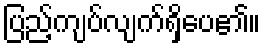
ပြည့်ကျပ်လျက်ရှိပေ၏။